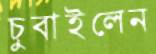
চুবাইলেন